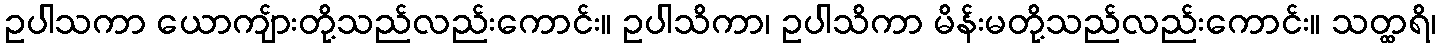
ဥပါသကာ ယောကျ်ားတို့သည်လည်းကောင်း။ ဥပါသိကာ၊ ဥပါသိကာ မိန်းမတို့သည်လည်းကောင်း။ သတ္ထရိ၊